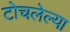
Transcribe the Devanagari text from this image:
टोचलेल्या